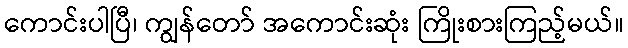
ကောင်းပါပြီ၊ ကျွန်တော် အကောင်းဆုံး ကြိုးစားကြည့်မယ်။